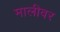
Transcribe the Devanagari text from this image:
मालीवर